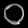
Digit: ၀